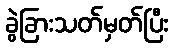
ခွဲခြားသတ်မှတ်ပြီး